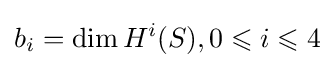
b_{i}=\dim H^{i}(S),0\leqslant i\leqslant 4